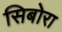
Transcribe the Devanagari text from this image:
सिबोरा